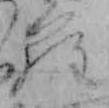
ら